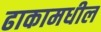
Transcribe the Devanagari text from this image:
ढाकामधील